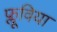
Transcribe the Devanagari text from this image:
फ्लूविया